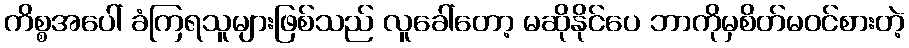
ကိစ္စအပေါ် ခံကြရသူများဖြစ်သည် လူခေါ်တော့ မဆိုနိုင်ပေ ဘာကိုမှစိတ်မဝင်စားတဲ့